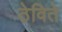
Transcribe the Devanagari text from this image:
ठेविते